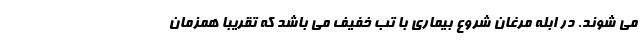
می شوند. در ابله مرغان شروع بیماری با تب خفیف می باشد که تقریبا همزمان